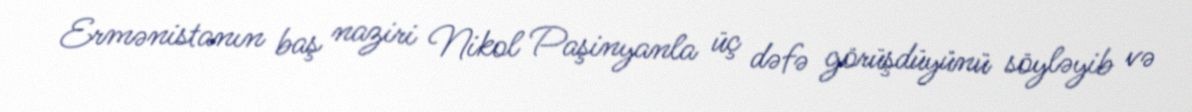
Ermənistanın baş naziri Nikol Paşinyanla üç dəfə görüşdüyünü söyləyib və